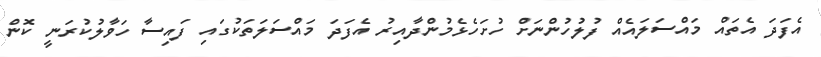
އެފަދަ އެތައް މައްސަލައެއް ފުލުހުންނަށް ހުށަހެޅެމުންދާއިރު އެފަދަ މައްސަލަތަކުގައި ފައިސާ ހަވާލުކުރަނީ ކޮން